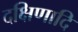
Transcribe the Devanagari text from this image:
दक्षिणादि